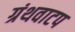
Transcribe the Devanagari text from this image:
ग्रंथवाटप